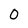
Character: 0